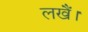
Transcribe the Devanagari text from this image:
लखैं।